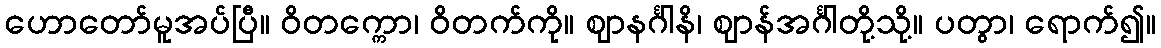
ဟောတော်မူအပ်ပြီ။ ဝိတက္ကော၊ ဝိတက်ကို။ ဈာနင်္ဂါနိ၊ ဈာန်အင်္ဂါတို့သို့။ ပတွာ၊ ရောက်၍။